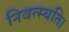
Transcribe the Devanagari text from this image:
निवत्स्यति।